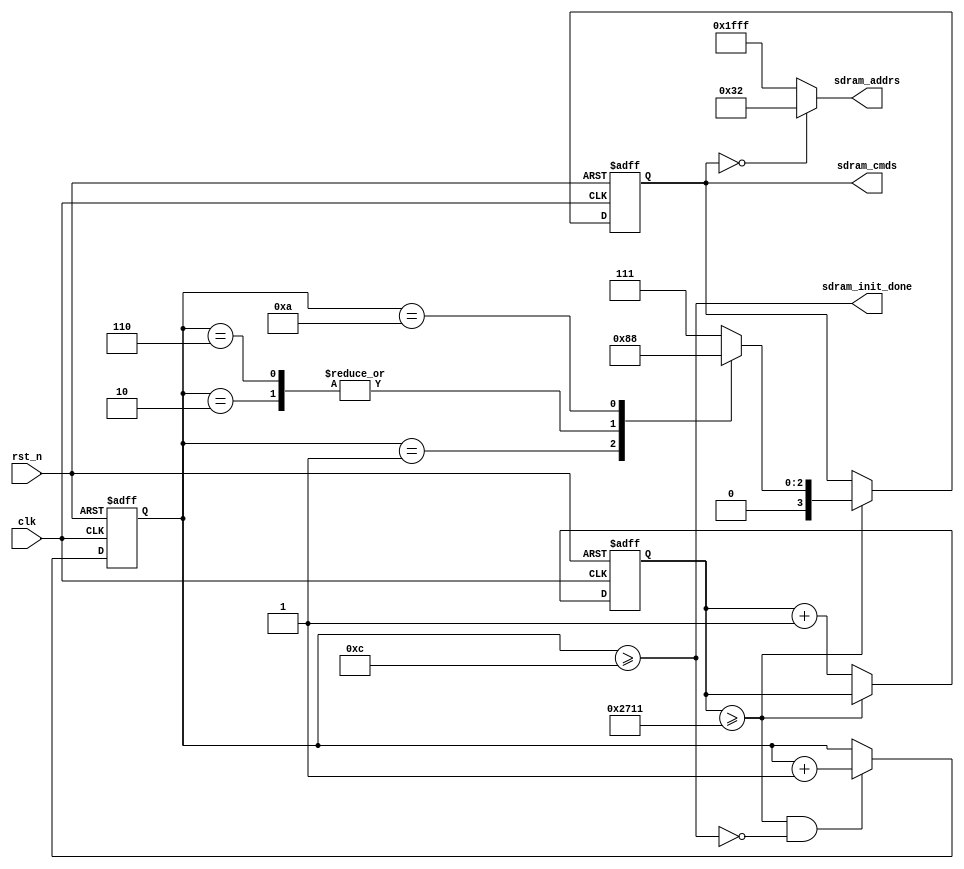
//clk = 27MHz37ns

//sdram
module sdram_init (
        input      clk,
        input      rst_n,

        //cmds: CSn     RASn    CASn    WEn
        output reg [3:0]sdram_cmds,
        output wire [12:0]sdram_addrs,
        output      sdram_init_done
    );

    localparam  CLK_FREQ_MHz = 50;
    localparam  INIT_200US = 200_000/(1000/CLK_FREQ_MHz)+1;

    reg [$clog2(INIT_200US+1)-1:0] init_200us_cnt;

    wire init_start;

    reg [3:0]init_cmd_cnt;

    always @(posedge clk or negedge rst_n) begin
        if(!rst_n)
            init_200us_cnt <= 0;
        else if (~init_start) begin
            init_200us_cnt <=init_200us_cnt+1'b1 ;
        end
    end

    assign  init_start= init_200us_cnt>=INIT_200US;

    always @(posedge clk or negedge rst_n) begin
        if(!rst_n) begin
            init_cmd_cnt <= 0;
        end
        else if (init_start && ~sdram_init_done) begin
            init_cmd_cnt<=init_cmd_cnt+1'b1;
        end
    end

    //cmds: CSn     RASn    CASn    WEn
    localparam MODE_REG_SET = 4'b0000;
    localparam NOP = 4'b0111;
    localparam PRECHARGE_ALL_BANK = 4'b0010;
    localparam AUTO_REFRESH = 4'b0001;


    always @(posedge clk or negedge rst_n) begin
        if(!rst_n) begin
            sdram_cmds <= NOP;
        end
        else if (init_start)
        case (init_cmd_cnt)
            1:
                sdram_cmds <= PRECHARGE_ALL_BANK;
            2:
                sdram_cmds <= AUTO_REFRESH;
            6:
                sdram_cmds <= AUTO_REFRESH;
            10:
                sdram_cmds <= MODE_REG_SET;
            default:
                sdram_cmds <= NOP;
        endcase
    end

    //Burst Length = 4, Addressing Mode= Seq, CL=3, Burst write & Burst read
    //init_cmd_cnt==10sdram_cmdssdram_addrssdram_cmds
    assign sdram_addrs =
           (sdram_cmds==MODE_REG_SET)? 13'b0000_00_011_0010:
           13'b1111_11111_1111;


    assign sdram_init_done = init_cmd_cnt>=12;

endmodule //sdram_init